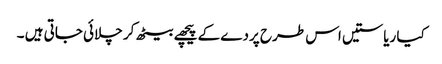
کیا ریاستیں اس طرح پردے کے پیچھے بیٹھ کر چلائی جاتی ہیں ۔